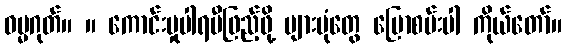
ဓမ္မဂုတ်။ ။ ကောင်းမှုပါရမီဖြည့်ဖို့ များပုံတွေ ပြောစမ်းပါ ကိုယ်တော်။